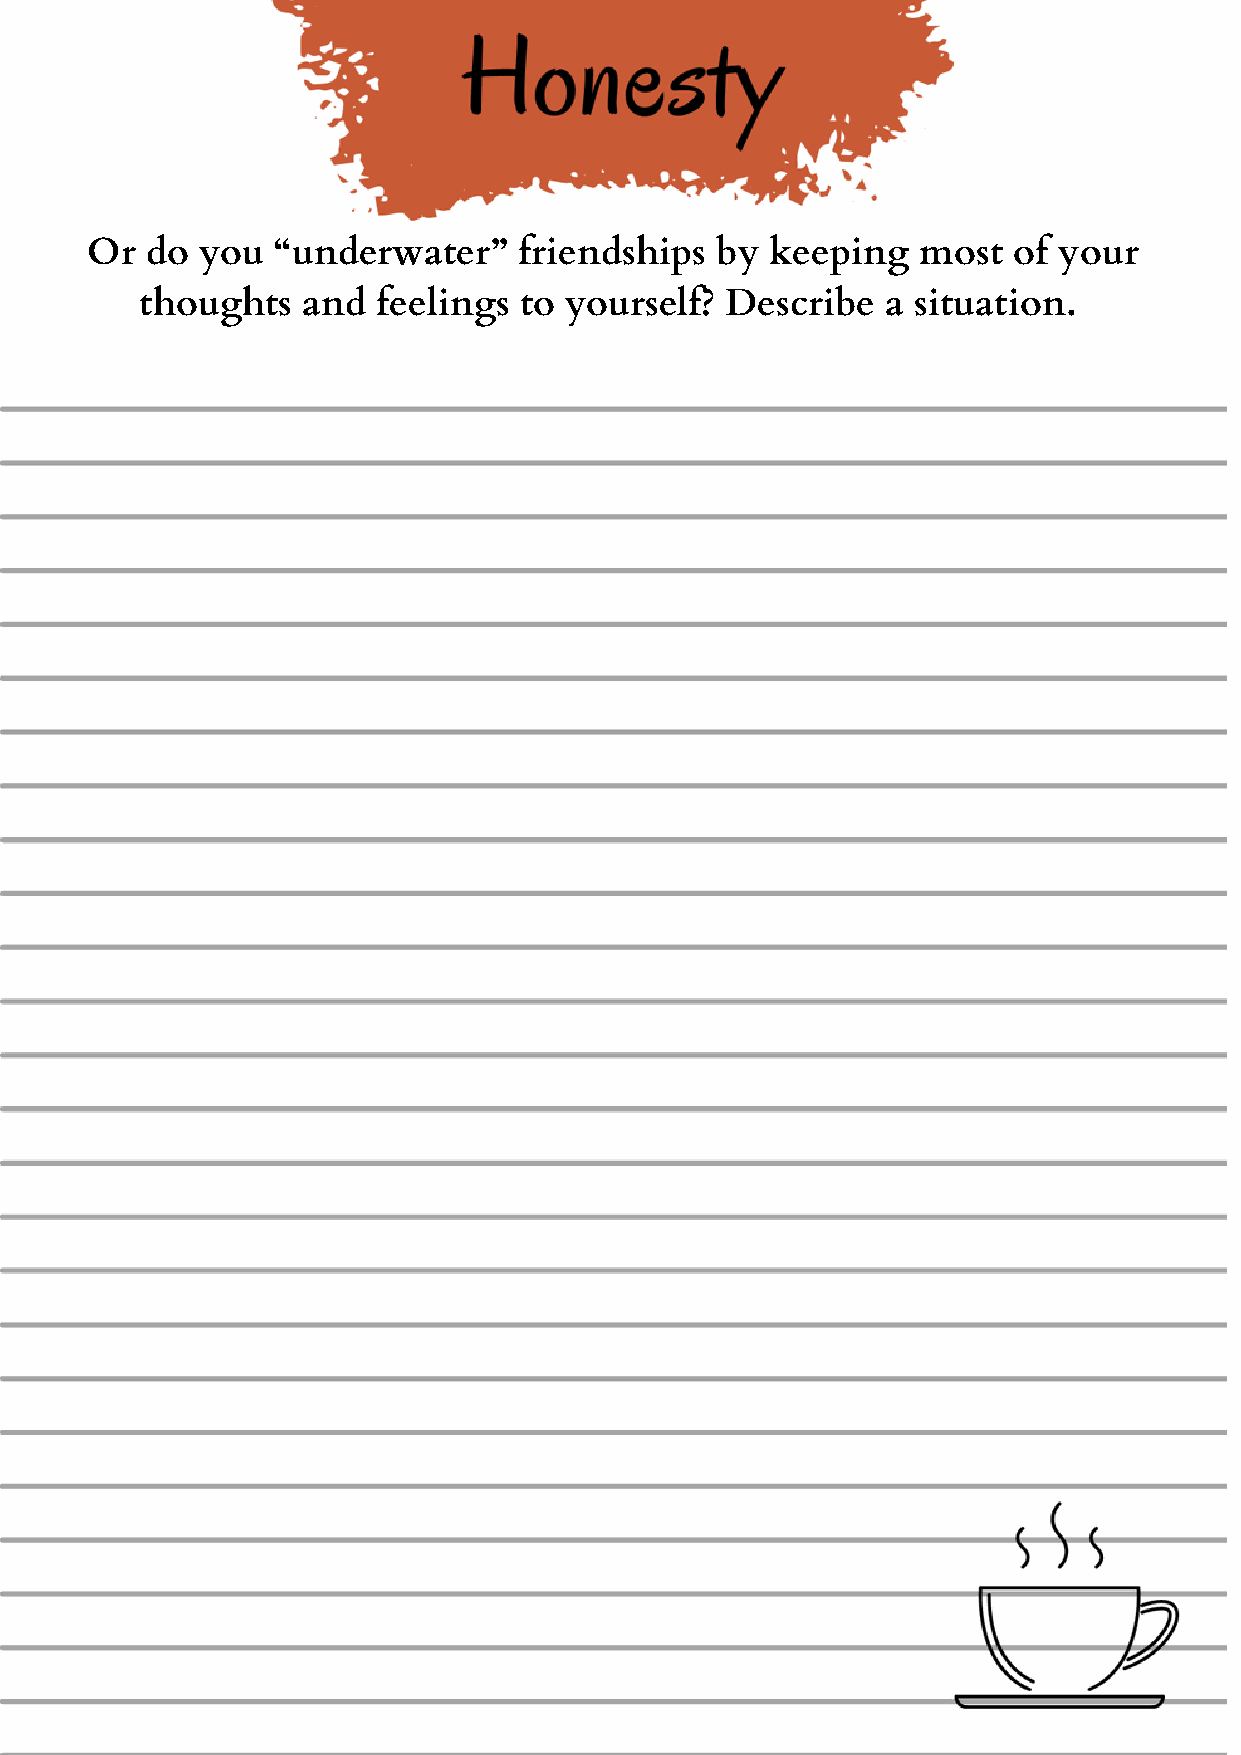
Or  do you  “underwater”    friendships  by  keeping   most  of your
 thoughts   and  feelings to yourself?  Describe   a situation.